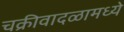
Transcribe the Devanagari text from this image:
चक्रीवादळामध्ये